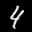
Label: 4